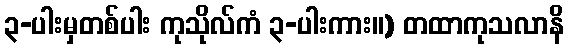
၃-ပါးမှတစ်ပါး ကုသိုလ်ကံ ၃-ပါးကား။) တထာကုသလာနိ